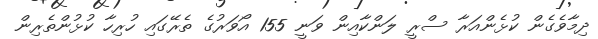
ދިމާވެގެން ކުޅެންއަރާ ސްރީ ލަންކާއިން ވަނީ 155 އޯވަރުގެ ތެރޭގައި ހުރިހާ ކުޅުންތެރިން